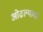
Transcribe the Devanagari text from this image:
ओढल्यावर